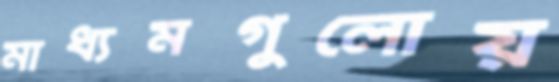
মাধ্যমগুলোয়